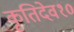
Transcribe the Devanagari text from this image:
कृतिदेव१०